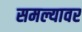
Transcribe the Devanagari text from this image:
समल्यावर